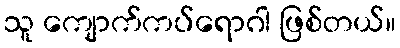
သူ ကျောက်ကပ်ရောဂါ ဖြစ်တယ်။